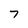
Character: 7